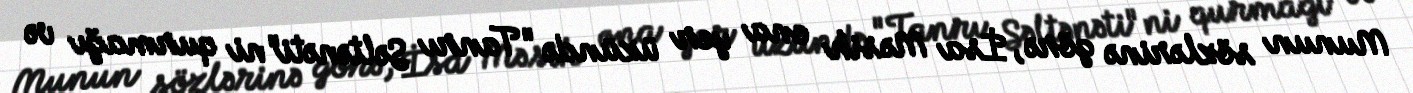
Munun sözlərinə görə, İsa Məsih ona yer üzündə "Tanrı Səltənəti"ni qurmağı və